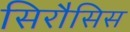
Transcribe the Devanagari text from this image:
सिरौसिस